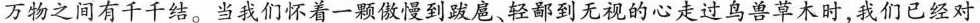
万物之间有千千结。当我们怀着一颗傲慢到跋扈、轻鄙到无视的心走过鸟兽草木时，我们已经对